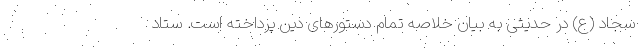
سجاد (ع) در حدیثی به بیان خلاصه تمام دستورهای دین پرداخته است. ستاد